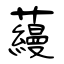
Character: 蘰